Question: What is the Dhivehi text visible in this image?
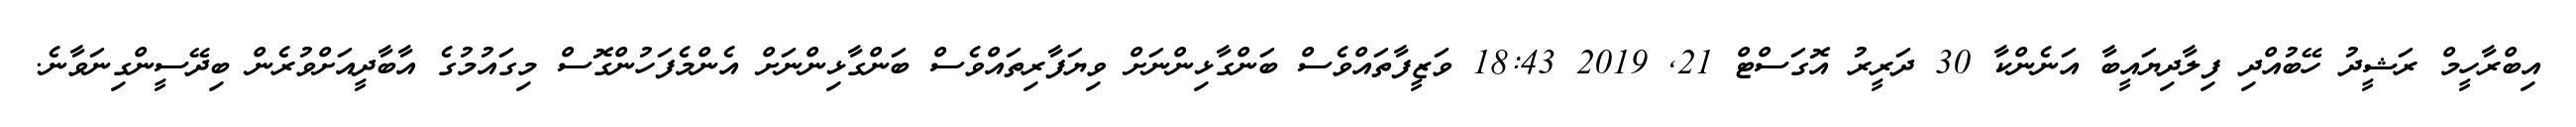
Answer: އިބްރާހީމް ރަޝީދު ހޭބުއްދި ފިލާދިޔައީބާ އަނެންކާ 30 ދަރީރު އޮގަސްޓް 21, 2019 18:43 ވަޒީފާތައްވެސް ބަންގާޅިންނަށް ވިޔަފާރިތައްވެސް ބަންގާޅިންނަށް އެންމެފަހުންގޮސް މިގައުމުގެ އާބާދީއަށްވުރެން ބިދޭސީންގިނަވާނެ.